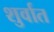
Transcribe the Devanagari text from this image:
शुर्वात